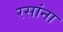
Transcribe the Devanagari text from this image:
रसांना